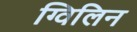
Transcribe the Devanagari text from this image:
ग्विलिन